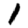
Digit: 1